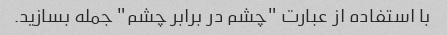
با استفاده از عبارت "چشم در برابر چشم" جمله بسازید.